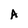
Character: A